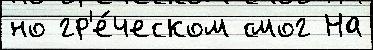
но гр'е́ческом смог На